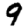
Digit: 9